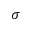
\sigma